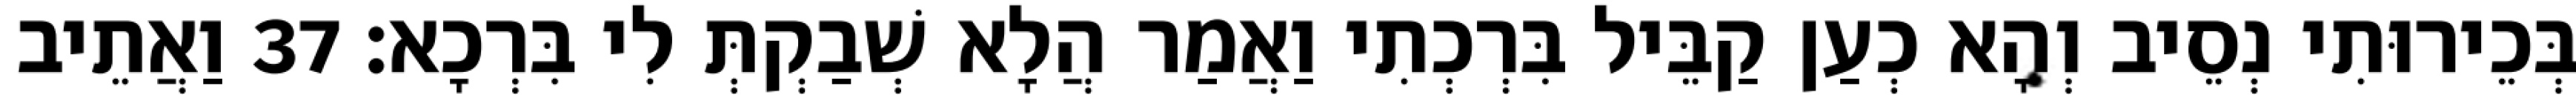
בְּכֵירוּתִי נְסֵיב וְהָא כְעַן קַבֵּיל בִּרְכְתִי וַאֲמַר הֲלָא שְׁבַקְתְּ לִי בִּרְכָא׃ 37 וַאֲתֵיב